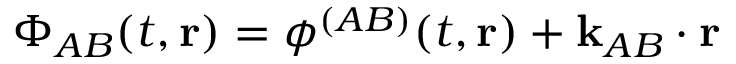
\Phi _ { A B } ( t , \mathbf { r } ) = \phi ^ { ( A B ) } ( t , \mathbf { r } ) + \mathbf { k } _ { A B } \cdot \mathbf { r }